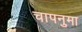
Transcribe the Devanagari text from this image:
चापनुमा